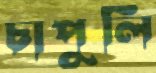
চাপুলি